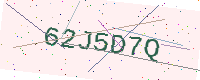
Text: 62J5D7Q